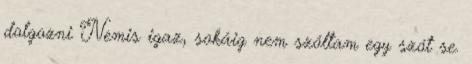
dolgozni Nemis igaz, sokáig nem szóltam egy szót se.